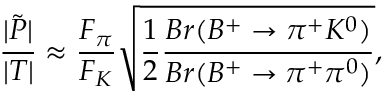
\frac { | \tilde { P } | } { | T | } \approx \frac { F _ { \pi } } { F _ { K } } \sqrt { \frac { 1 } { 2 } \frac { B r ( B ^ { + } \to \pi ^ { + } K ^ { 0 } ) } { B r ( B ^ { + } \to \pi ^ { + } \pi ^ { 0 } ) } } ,